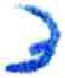
אות: צ